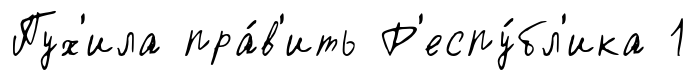
Пух'ила пра́в'ить Р'еспу́бл'ика 1